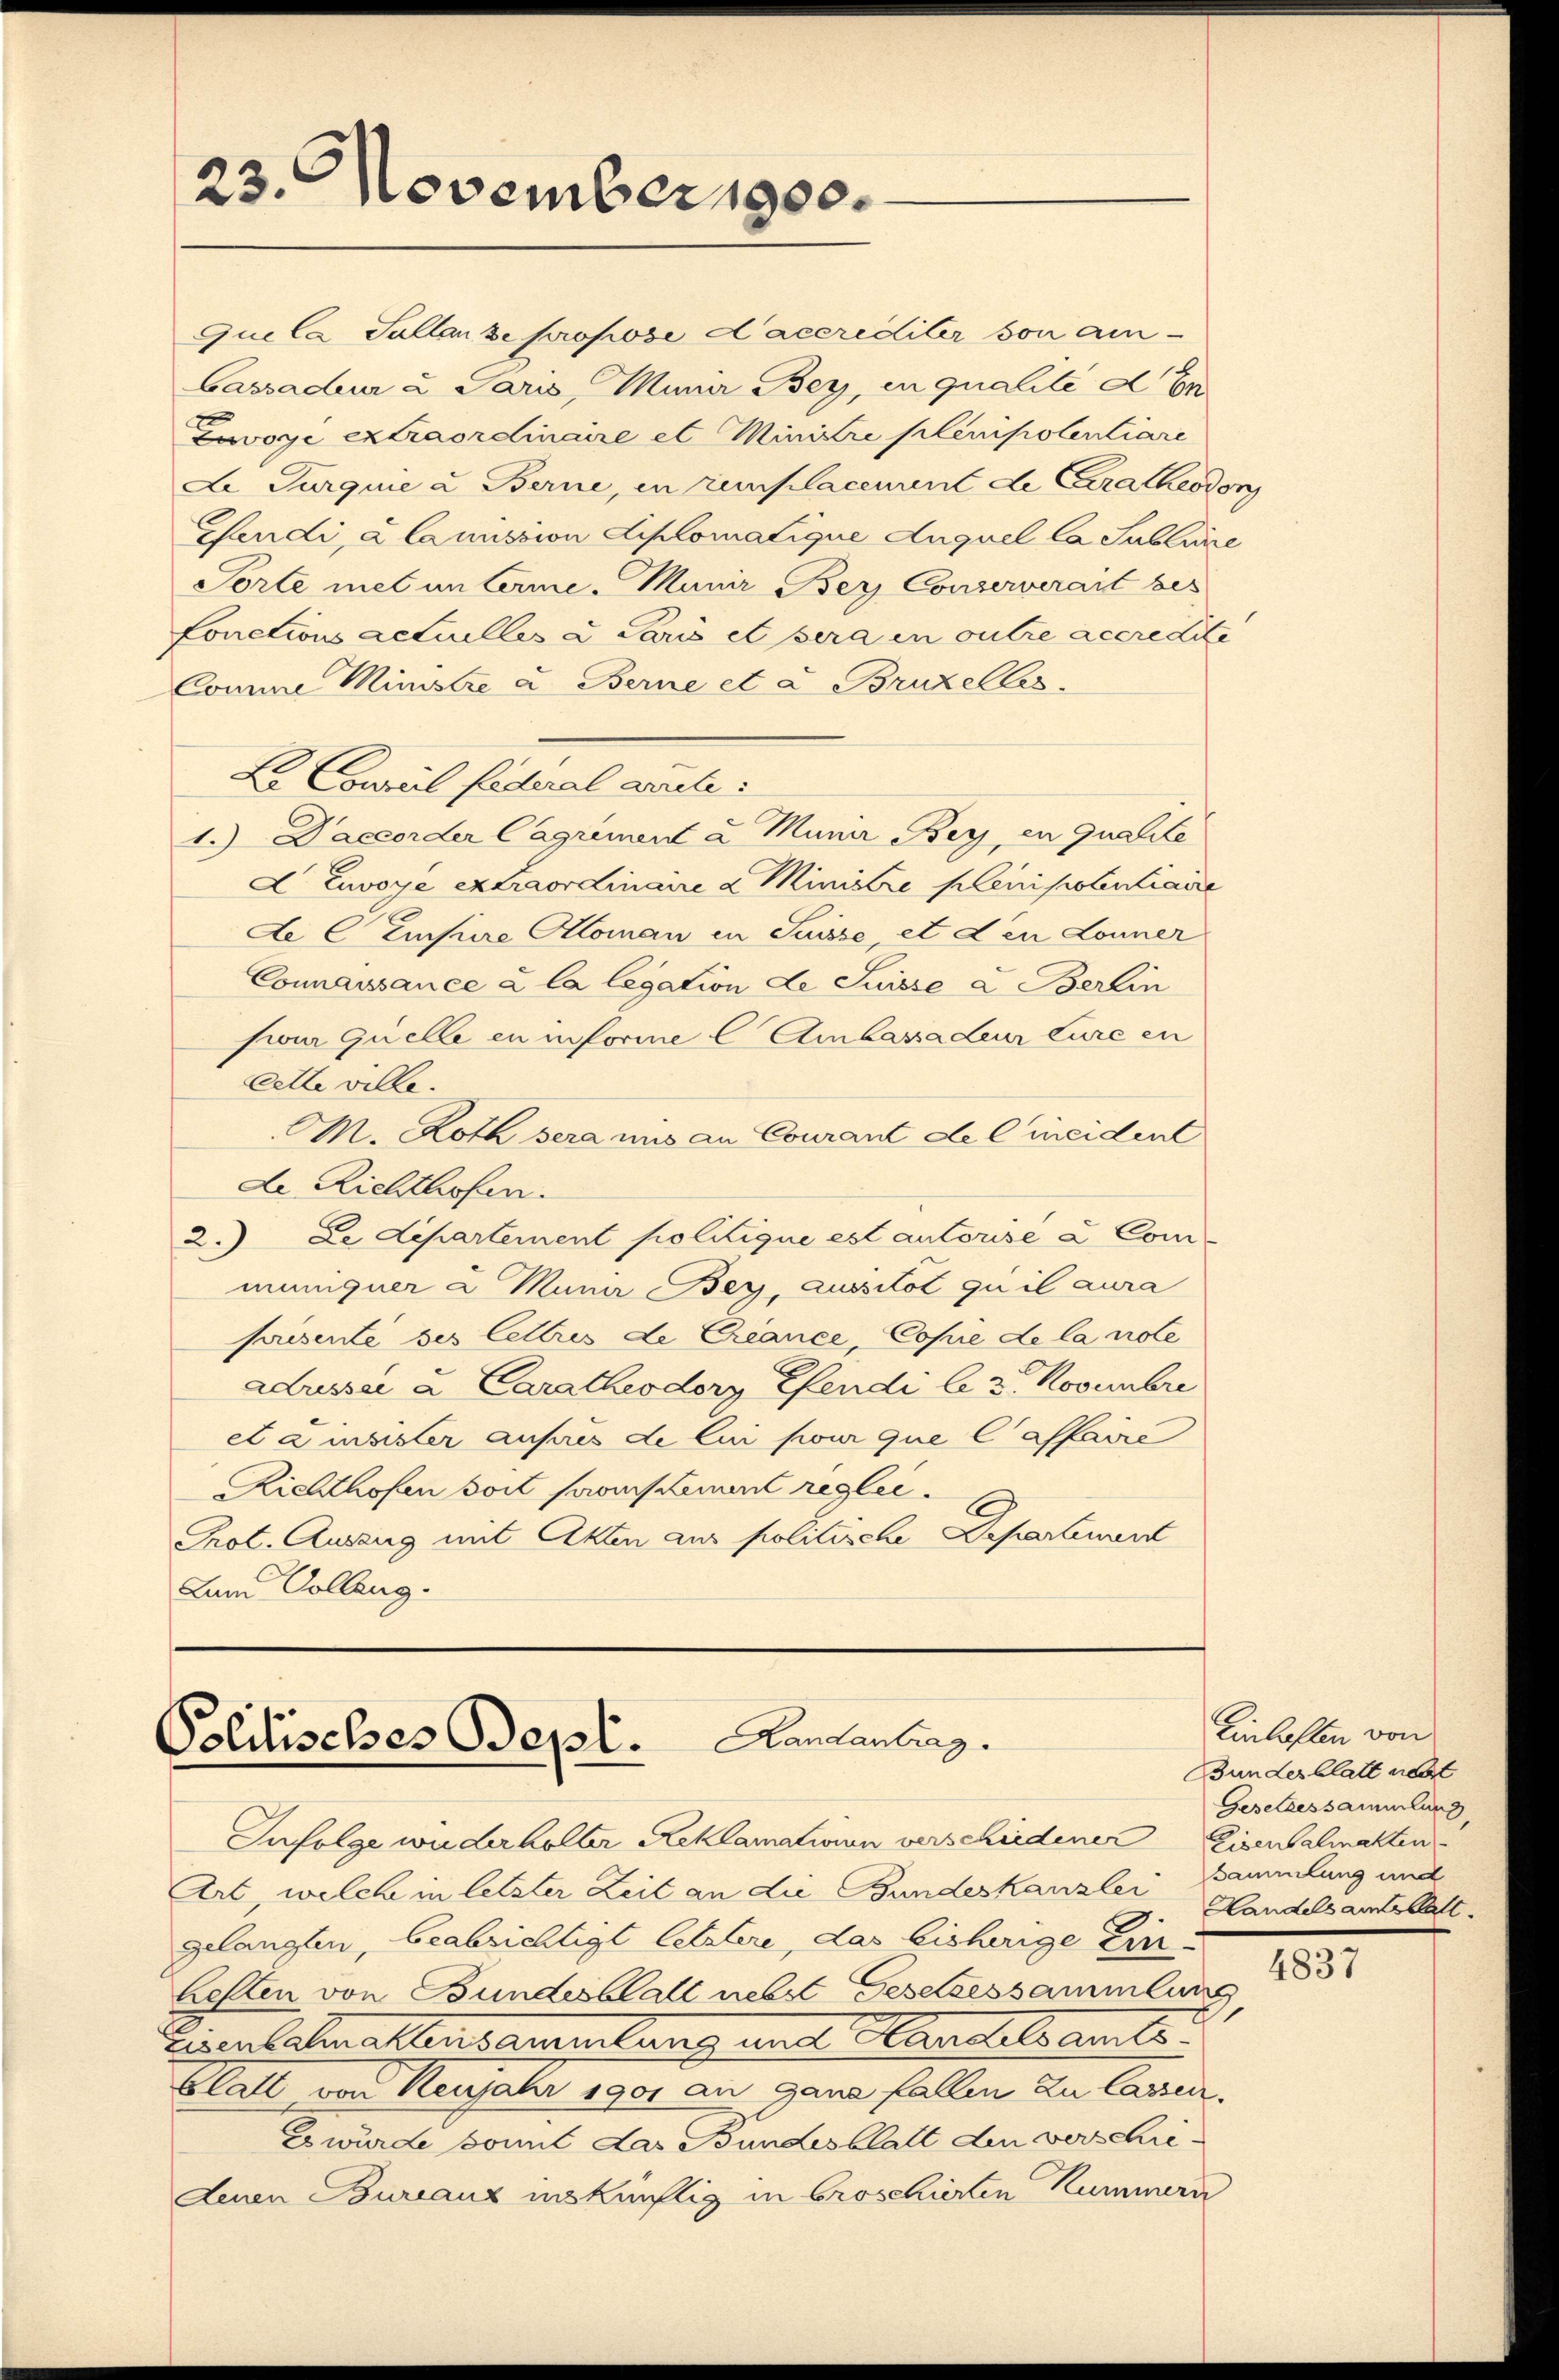
23. November 1900.

que la Sallan se propose d’accrediter von ain¬
Cassadeur u. Paris, Mina Bey, in qualité d En
Zwvoye extraordinaire et Ministre plenipolentiare
Le Turquie u. Berne, in remplaceuvent de Berathesion
Gaendi, a Camission Diplomatique Auguel la Sublicie
Torte met unterme. Manir Bey Conserverait bes
fonctions actuelles a Paris et sera en outre accre Lite
Comme Ministre u Berne et a Bruzelles
La Chweil federal werte:
1.) Daccorder Cagriment u. Munir Bey, en qualite
A Zuvoye extraordinaire a Ministre plenipotentiaire
de C Empire Aloman in Suisse et den Lonner
Connaissance à la legation de Suisse & Berlin
sion Quelle en informe C Ambassadeur Eure en
cette ville.
CM. Loth sera mis an Courant de Cmeident
de Richthofen.
2. Le Departement politique est autorise à Commünigner a Mana Bey, aussitot qui il aura
prisente ses lettres de Criance, Copie de la note
Ausser a Caratheodory Efendi le 3. Novembre
et a meister ausses de lui pour que Caffaire
Richthofen soit sanstament reglei¬
Prot. Auszug mit Akten aus politische Departement
Dem Colleng

Randantrag.
Politisches Bept.

Infolge widerholter Reklamationen verschiedener Eisenbalmatten.
Art, welche in letzter Zeit an die Bundeskanzlei Handelsantelalt
gelangten, beabrichtigt letztere, das bisherige Ein-
Bellen von Bundesblatt nebst Gesetzessammlung
Eisenbahn allensammlung unt. Manchels amts
Glatt von Neujahr 1901 an ganz fallen zu lassen.
Es würde somit das Bundesblatt den verschie¬
Denen Bureaux inskünftig in broschierten Kummern

Einlasten von
Bundesblatt net
Gesetzessammlung
Sammlung und

4837